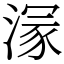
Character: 溕